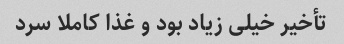
تأخیر خیلی زیاد بود و غذا کاملا سرد